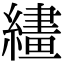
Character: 繣